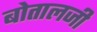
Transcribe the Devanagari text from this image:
बोतालजी